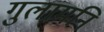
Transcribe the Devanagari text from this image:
गुलामनि